Calcutta medical institutions reports 1892-1900
Year: 1892
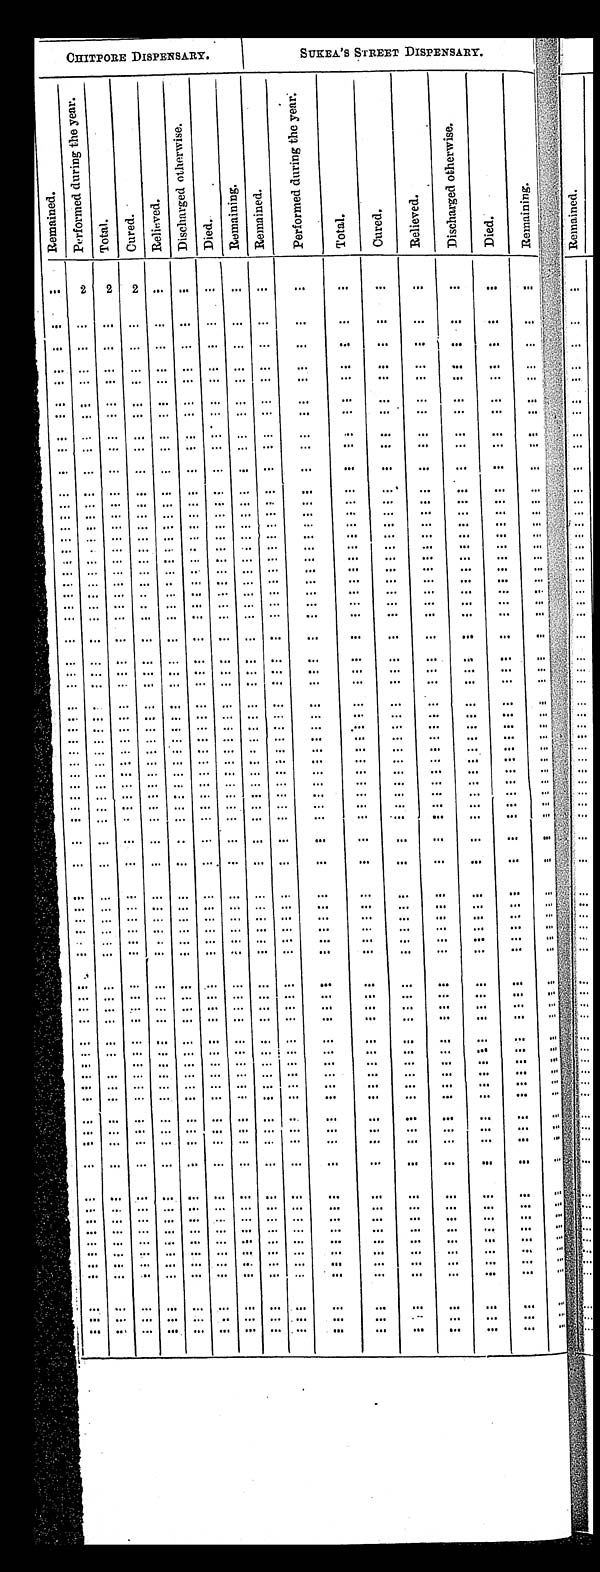
CHITPORE DISPENSARY.
SUKEA' S STREET DISPENSARY.
R e m a i n e d .
P e r f o r m e d d u r i n g t h e y e a r .
T o t a l . C u r e d .
R e l e i v e d .
D i s c h a r g e d o t h e r w i s e .
D i e d .
Remai ni ng. R e m a i n e d .
P e r f o r m e d d u r i n g t h e y e a r .
T o t a l .
C u r e d .
R e l i e v e d .
D i s c h a r g e d o t h e r w i s e .
D i e d .
R e m a i n i n g .
2 2 2